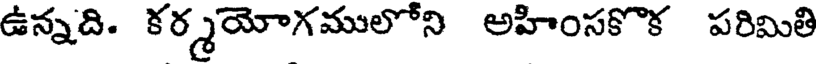
ఉన్నది. కర్మయోగములోని అహింసకొక పరిమితి